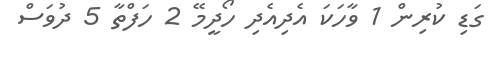
ގަޑި ކުރިން 1 ވާހަކަ އެދިއެދި ހޯދީމޭ 2 ހަފްތާ 5 ދުވަސް